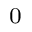
_ 0